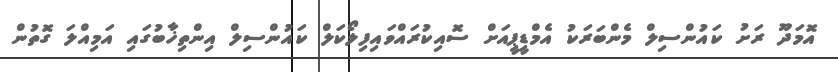
އޮމަދޫ ރަށު ކައުންސިލް މެންބަރަކު އެމްޑީޕީއަށް ސޮއިކުރައްވައިފިލޯކަލް ކައުންސިލް އިންތިޚާބުގައި އަމިއްލަ ގޮތުން